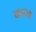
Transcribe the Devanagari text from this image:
कम्ब